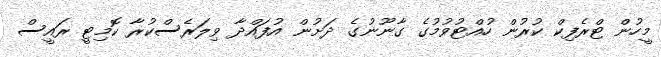
މީހުން ޓްރެފިކް ކުރުން ހުއްޓުވުމުގެ ގާނޫނުގެ ދަށުން އުފައްދާ ވިލަރެސްކުރާ ކޮމިޓީ ރައީސް